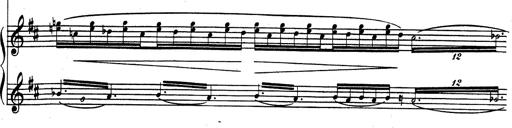
Title: Rhapsodie espagnole
Composer: Franz Liszt